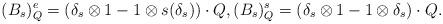
LaTeX: \begin{align*}(B_s)_Q^e = (\delta_s \otimes 1 - 1 \otimes s(\delta_s)) \cdot Q, (B_s)_Q^s = (\delta_s \otimes 1 - 1 \otimes \delta_s) \cdot Q.\end{align*}